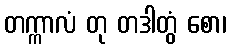
တက္ကာလံ တု တဒါတွံ စော၊